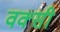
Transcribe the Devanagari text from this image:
वक्सी